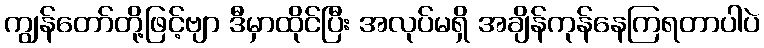
ကျွန်တော်တို့ဖြင့်ဗျာ ဒီမှာထိုင်ပြီး အလုပ်မရှိ အချိန်ကုန်နေကြရတာပါပဲ